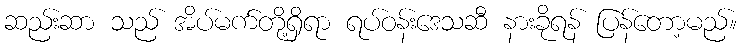
ဆည်းဆာ သည် အိပ်မက်တို့ရှိရာ ရပ်ဝန်းဒေသဆီ နားခိုရန် ပြန်တော့မည်။